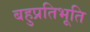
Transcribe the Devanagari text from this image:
बहुप्रतिभूति